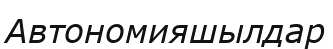
Автономияшылдар